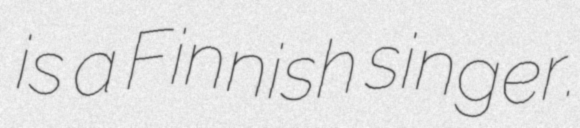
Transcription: is a Finnish singer.